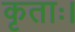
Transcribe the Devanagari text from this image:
कृताः।